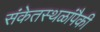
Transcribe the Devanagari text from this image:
संकेतस्थळांपैकी